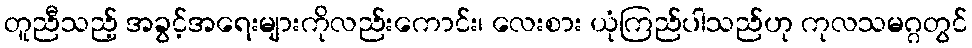
တူညီသည့် အခွင့်အရေးများကိုလည်းကောင်း၊ လေးစား ယုံကြည်ပါသည်ဟု ကုလသမဂ္ဂတွင်